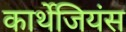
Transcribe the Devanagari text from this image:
कार्थेजियंस